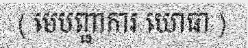
( មេបញ្ជាការ យោធា )